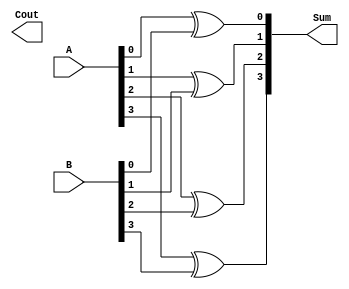
module CarryLookaheadAdder (
    input [3:0] A, // 4-bit input A 
    input [3:0] B, // 4-bit input B
    output [3:0] Sum, // 4-bit output sum
    output Cout // carry-out signal
);

// Generate the carry and sum for each bit position simultaneously
// Using logic gates to pre-compute the carries for each bit position

wire G0, P0, C0;
assign G0 = A[0] & B[0];
assign P0 = A[0] ^ B[0];
assign C0 = G0 | (P0 & Cout);

wire G1, P1, C1;
assign G1 = A[1] & B[1] | G0;
assign P1 = A[1] ^ B[1];
assign C1 = G1 | (P1 & C0);

wire G2, P2, C2;
assign G2 = A[2] & B[2] | G1;
assign P2 = A[2] ^ B[2];
assign C2 = G2 | (P2 & C1);

wire G3, P3, C3;
assign G3 = A[3] & B[3] | G2;
assign P3 = A[3] ^ B[3];
assign Cra = G3 | (P3 & C2);

// Output the sum and carry-out signal
assign Sum = {P3, P2, P1, P0};
assign Cout = C3;

endmodule